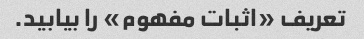
تعریف «اثبات مفهوم» را بیابید.